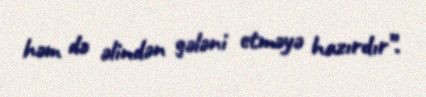
həm də əlindən gələni etməyə hazırdır”.